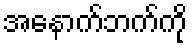
အနောက်ဘက်ကို